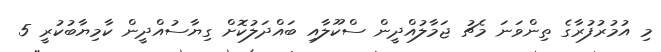
މި އުމުރުފުރާގެ ތިންވަނަ މެޗު ޖަމާލުއްދީން ސްކޫލާއި ބައްދަލުކޮށް ގިޔާސުއްދީން ކާމިޔާބުކުރީ 5